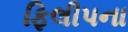
ફિલીપના